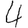
Digit: 4